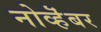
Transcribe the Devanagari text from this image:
नोव्हॆंबर